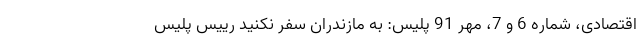
اقتصادی، شماره 6 و 7، مهر 91 پلیس: به مازندران سفر نکنید رییس پلیس